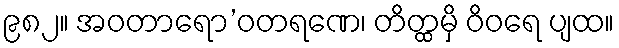
၉၈၂။ အဝတာရော’ဝတရဏေ၊ တိတ္ထမှိ ဝိဝရေ ပျထ။